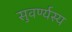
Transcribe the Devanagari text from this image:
सुवर्ण्यस्य